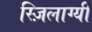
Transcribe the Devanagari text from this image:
स्ज़िलाग्यी